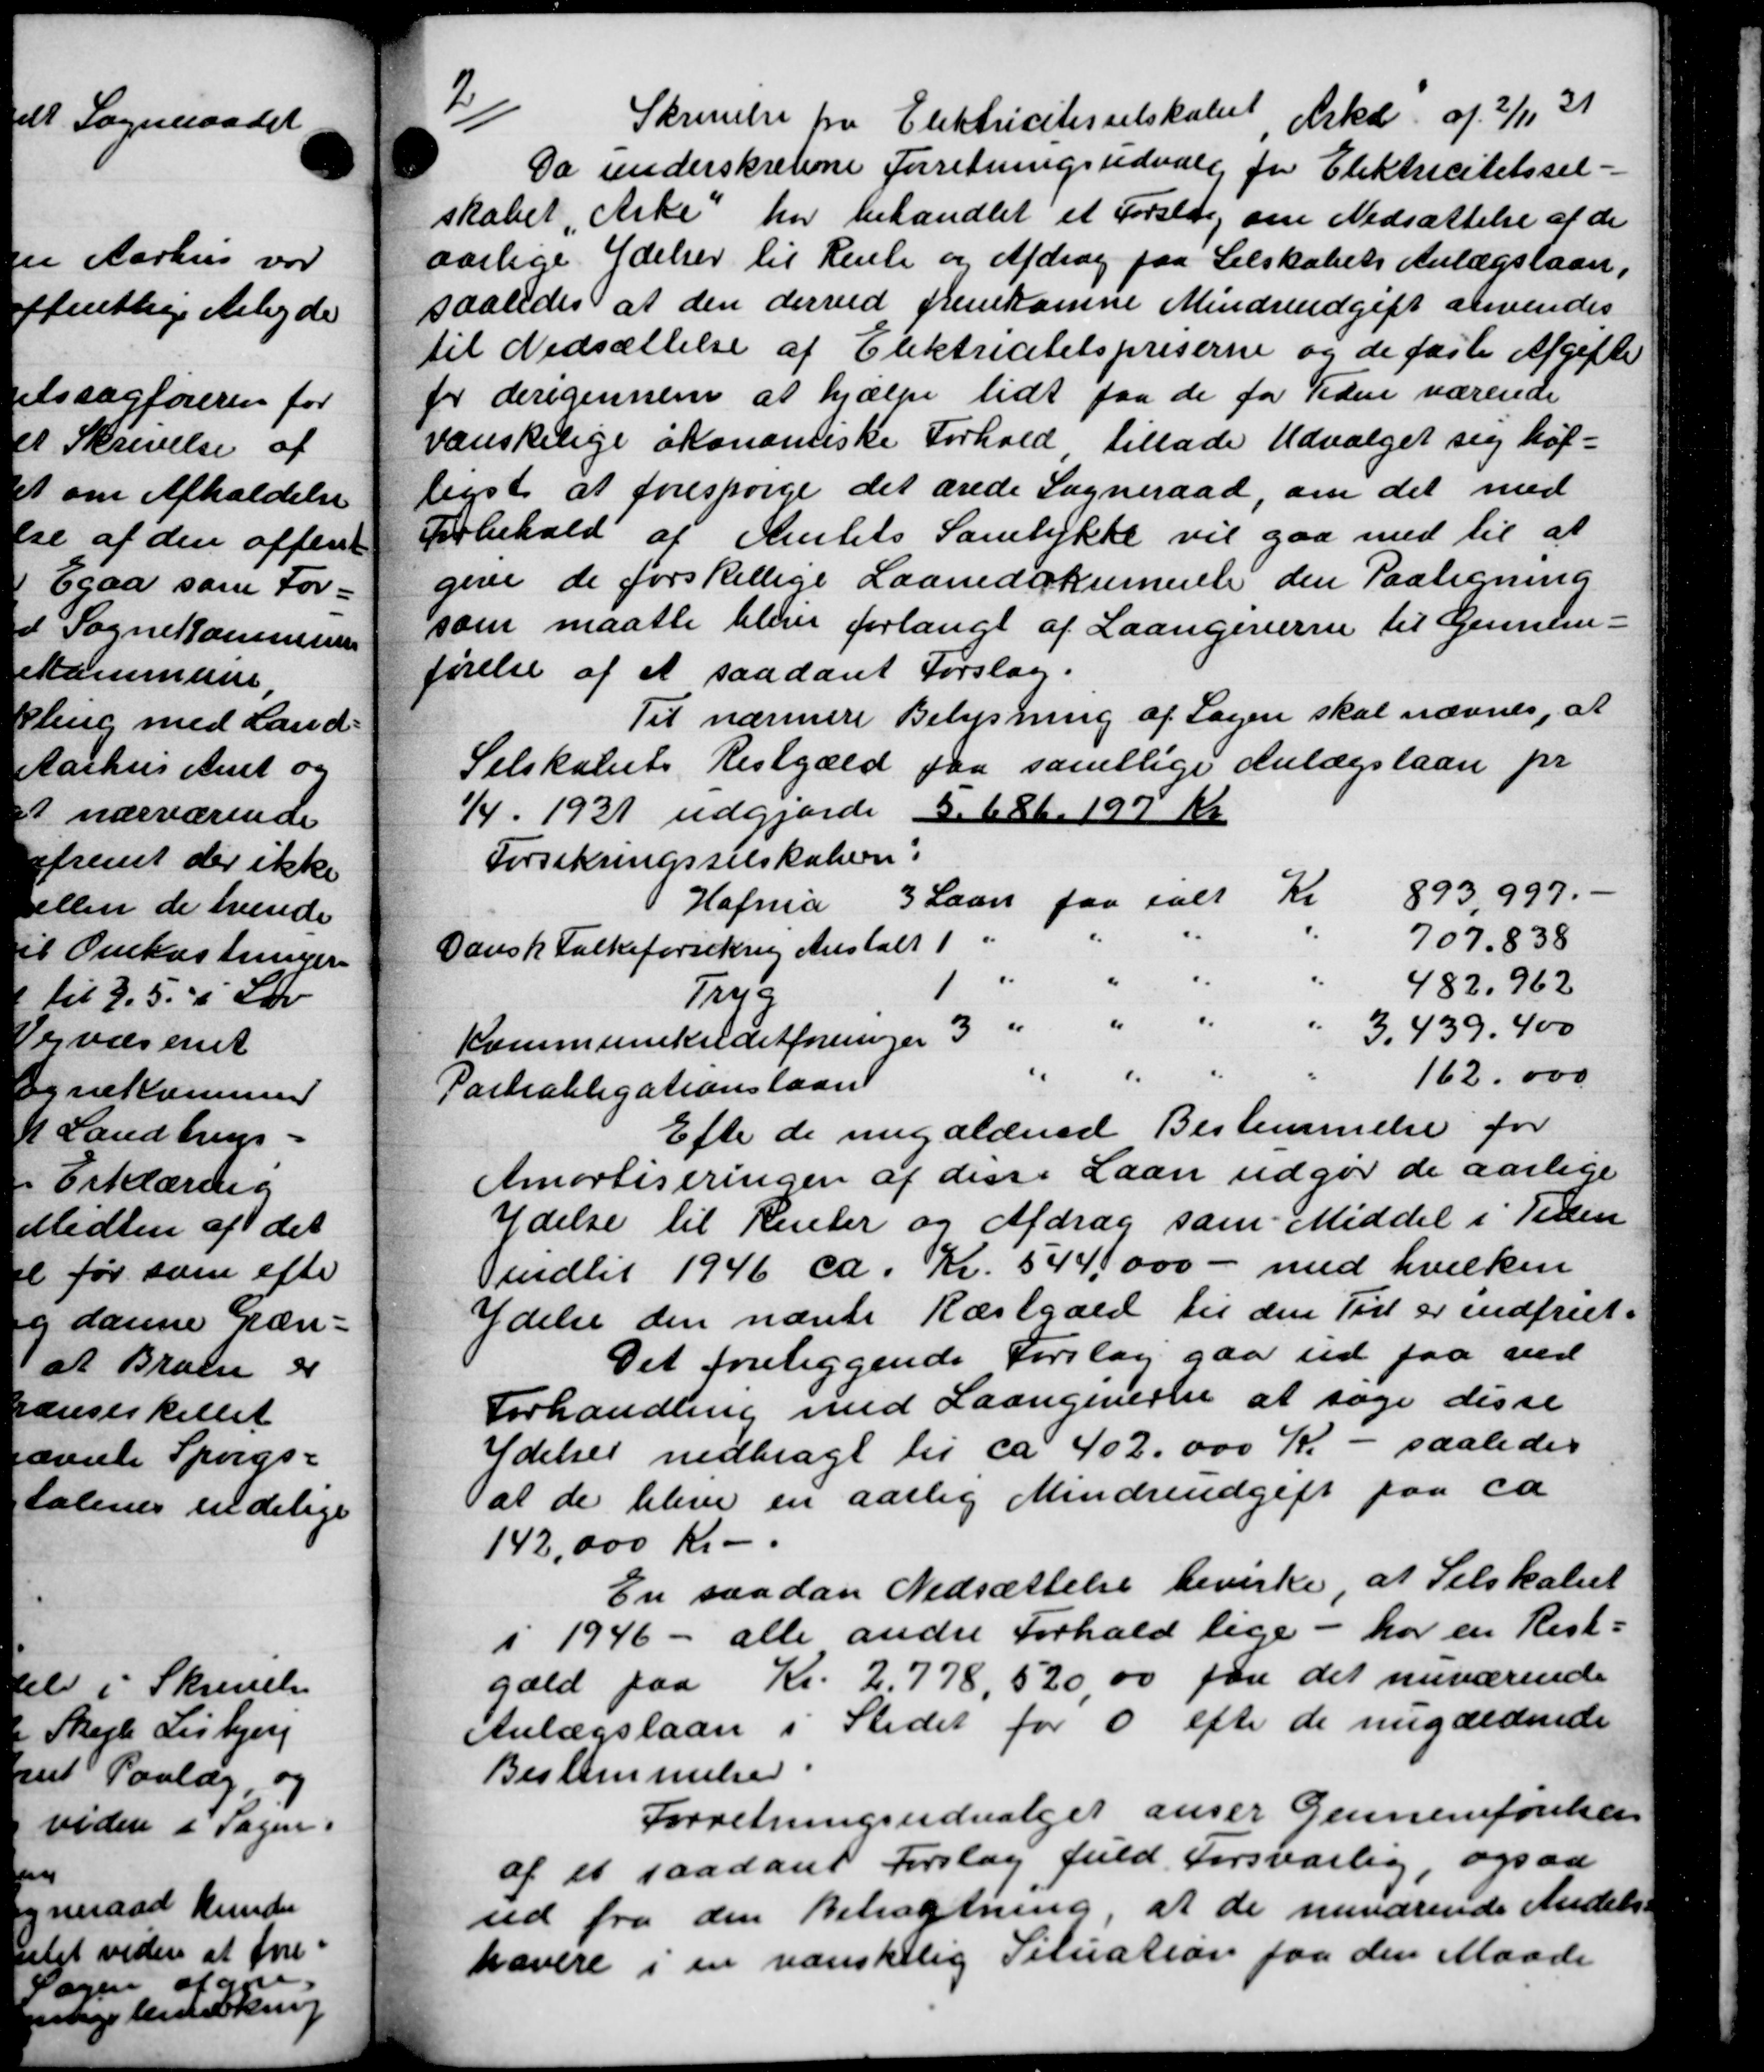
Transskription:
2
Skrivelse fra Elektricitesselskabet Arke af 2/11 31
Da underskrevene Forretningsudvalg for Elektricitetssel-
skabet "Arke" har behandlet et Forslde, om Nedsættelse af de
aarlige Ydelser til Rente og Afdrag paa Selskabets Anlægslaan,
saaledes at den derved fremkomne Mindreudgift anvendes
til Nedsættelse af Elektrictetspriserne og de faste Afgifte
for derigennem at hjælpe lidt paa de for Tiden værende
vanskelige økonomiske Forhold tillade Udvalget sig høj-
legst at forespørge det ærede Sogneraad, om det med
Forbehold af Amtets Samtykke vil gaa med til at
give de forskellige Laanedokumente den Paategning
som maatte blive forlangt af Laangiverne til Gennem-
førelse af et saadant Forslag.
Til nærmere Belysning af Sagen skal nævnes, at
Selskabets Restgæld paa samtlige Anlægslaan pr
1/4. 1931 udgjorde 5. 686.197 Kr
Forsikringsselskabern:
Hafnia 3 Laan faa ialt Kr 893,997.
Dansk Folkeforsikring Anstalt 1 " 707.838
Tryg 482.962
Kommunekreditforeninger 3 " " 3.439, 400
Parteobligationslaan 162.000
Efter de nugældnede Bestemmelse for
Amortiseringen af disse Laan udgør de aarlige
Ydelse til Renter og Afdrag som Meddel i Tiden
indtil 1946 ca. Kr. 544.000 - med hvilken
Ydelse den nævnte Ræstgæld til den Tid er indfriet.
Det foreliggende Forslag gaa ud paa ved
Forhandling med Laangiverne at søge disse
Ydelser nedbragt til ca 402.000 Kr. - saaledes
al de blive en aarlig Mindreudgift paa ca
142,000 Kr.
En saadan Nedsættelse beviske at Selskabet
1946 - alle andre Forhald lige - har en Rest.
gæld paa Kr. 2,778,52000 paa det nuværende
Anlægslaan i Stedet for 6 efter de nugældende
Bestemmelser.
Forretningsudvalget anser Gennemførelsen
af et saadant Forslag fuld Forsvarlig, ogsaa
ud fra den Betragtning, at de nuværende Andels-
evere i en vanskelig Situation paa den Maade